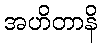
အဟိတာနိ